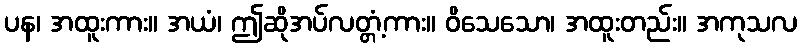
ပန၊ အထူးကား။ အယံ၊ ဤဆိုအပ်လတ္တံ့ကား။ ဝိသေသော၊ အထူးတည်း။ အကုသလ